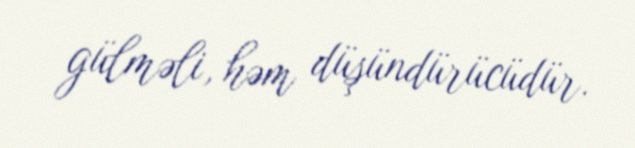
gülməli, həm düşündürücüdür.